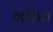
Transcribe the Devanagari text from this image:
ग्लीफ